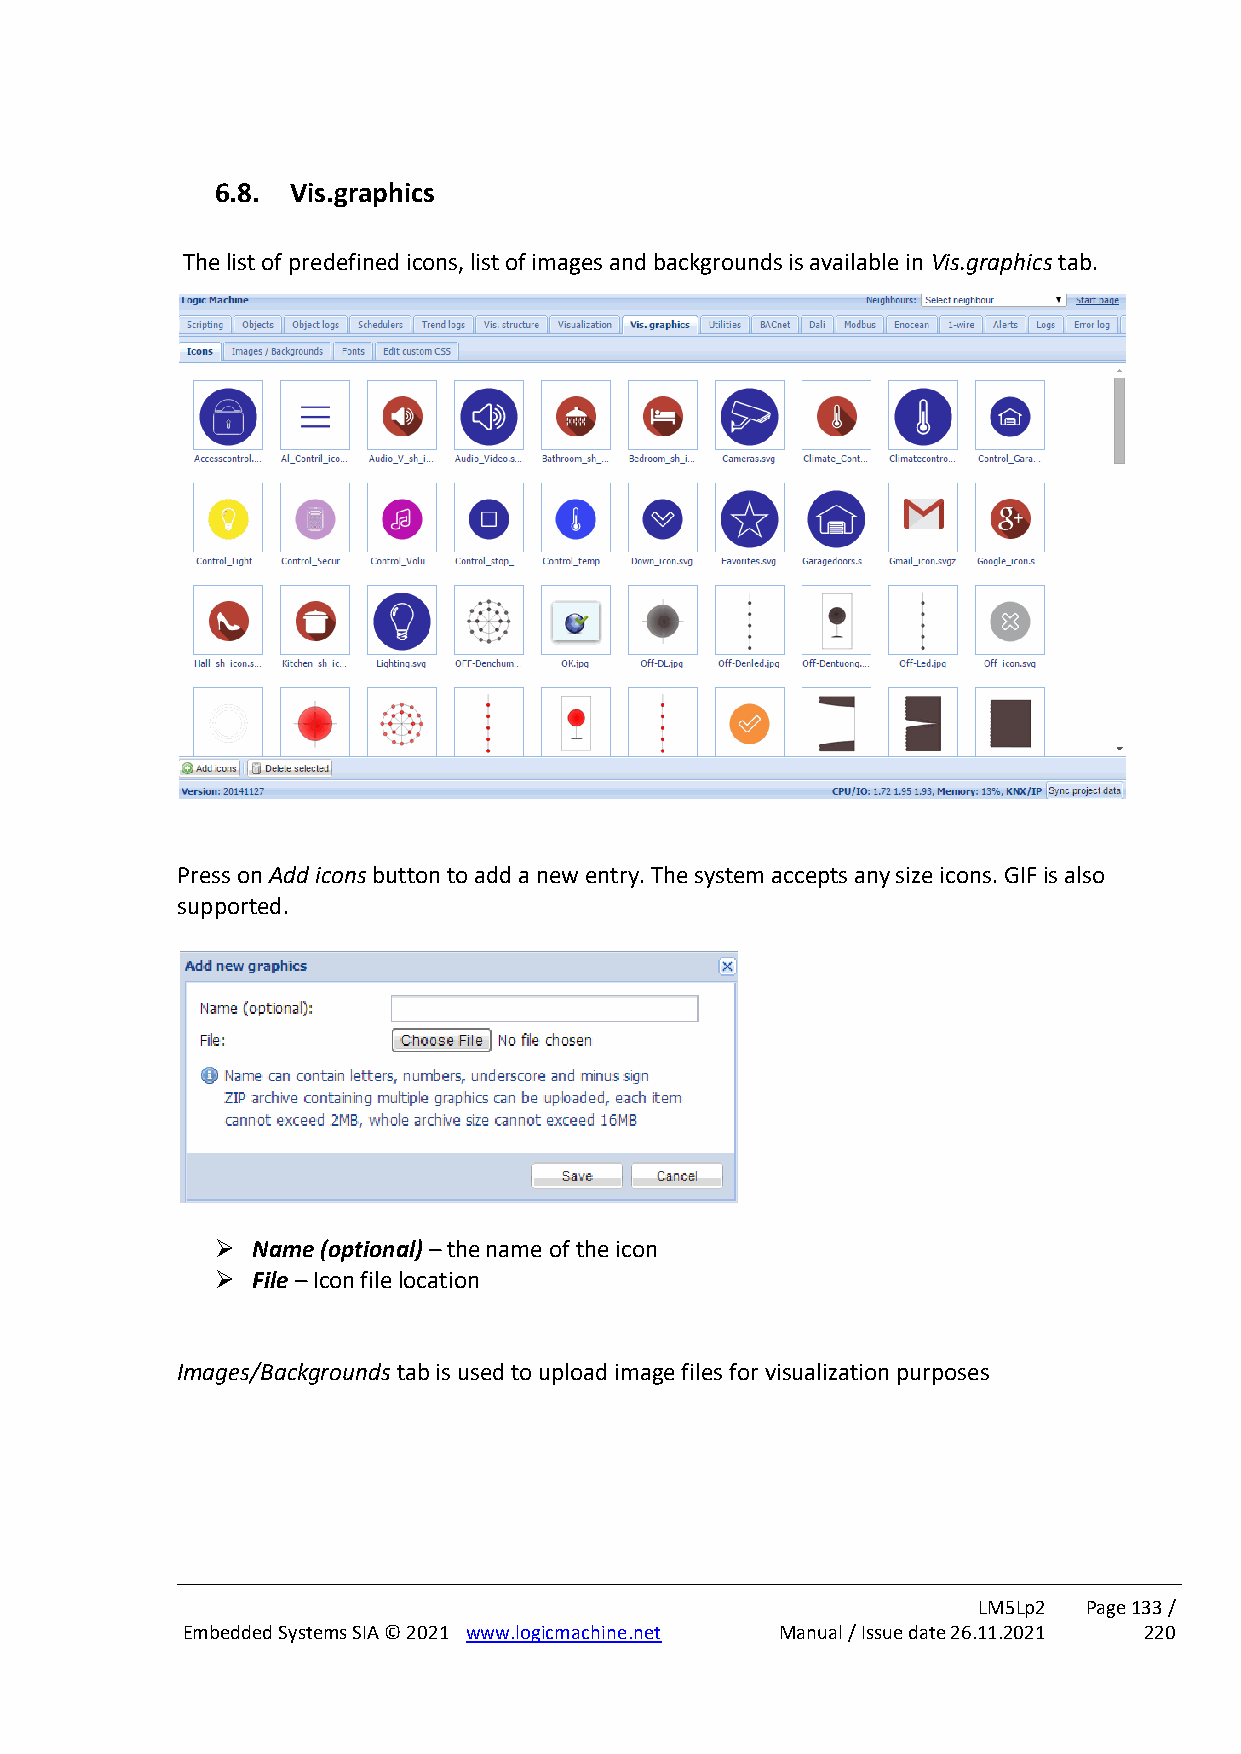
6.8. Vis.graphics
 The list of predefined icons, list of images and backgrounds is available in Vis.graphics tab.
 Press on Add icons button to add a new entry. The system accepts any size icons. GIF is also
 supported.
 ➢  Name (optional) – the name of the icon
 ➢  File – Icon file location
 Images/Backgrounds tab is used to upload image files for visualization purposes
 LM5Lp2 Page 133 /
 Embedded Systems SIA © 2021 www.logicmachine.net Manual / Issue date 26.11.2021 220